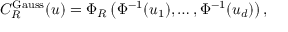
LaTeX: C _ { R } ^ { \mathrm { G a u s s } } ( u ) = \Phi _ { R } \left( \Phi ^ { - 1 } ( u _ { 1 } ) , \dots , \Phi ^ { - 1 } ( u _ { d } ) \right) ,